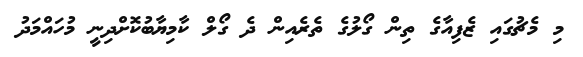
މި މެޗުގައި ޒެފިއާގެ ތިން ގޯލުގެ ތެރެއިން ދެ ގޯލް ކާމިޔާބުކޮށްދިނީ މުހައްމަދު